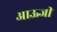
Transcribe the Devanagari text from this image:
आऊजी